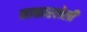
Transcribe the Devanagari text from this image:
नाकारलेली